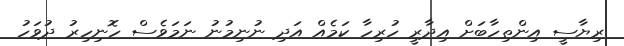
ރިޔާސީ އިންތިހާބަށް އިދާރީ ހުރިހާ ކަމެއް އަދި ނުނިމުނު ނަމަވެސް ހޮނިހިރު ދުވަހު